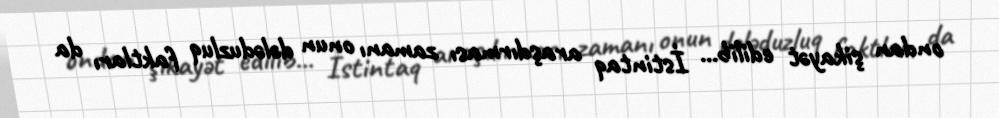
ondan şikayət edilib... İstintaq araşdırması zamanı onun dələduzluq faktları da